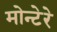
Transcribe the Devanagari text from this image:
मोन्टेरे